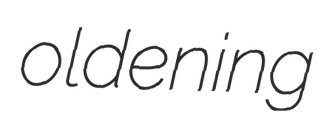
oldening